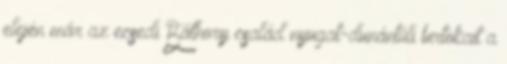
elején már az ecsedi Báthory család nyugat-dunántúli birtokait a